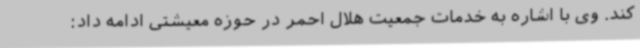
کند. وی با اشاره به خدمات جمعیت هلال احمر در حوزه معیشتی ادامه داد: